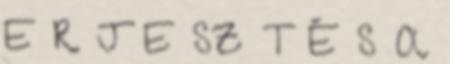
E R J E SZ T É S A